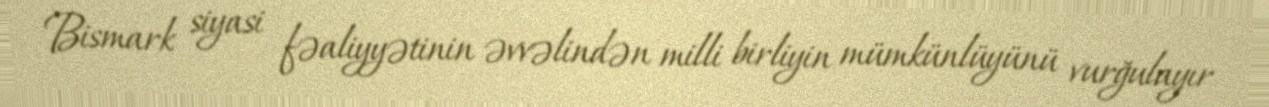
Bismark siyasi fəaliyyətinin əvvəlindən milli birliyin mümkünlüyünü vurğulayır